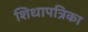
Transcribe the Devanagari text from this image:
शिधापत्रिका